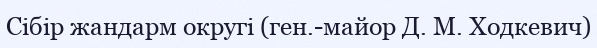
Сібір жандарм округі (ген.-майор Д. М. Ходкевич)